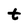
Character: t